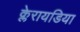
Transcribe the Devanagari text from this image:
क्लेरायडिया